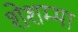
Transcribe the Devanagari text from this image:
शेशम्मा